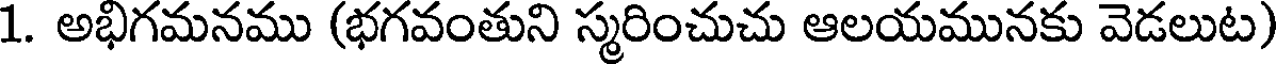
1. అభిగమనము (భగవంతుని స్మరించుచు ఆలయమునకు వెడలుట)